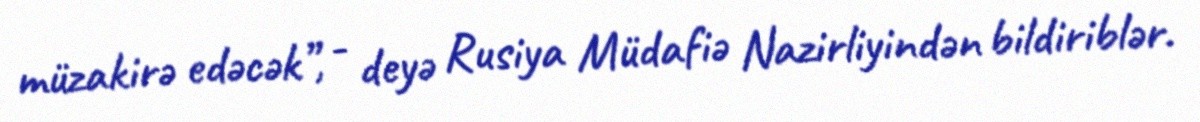
müzakirə edəcək”, - deyə Rusiya Müdafiə Nazirliyindən bildiriblər.